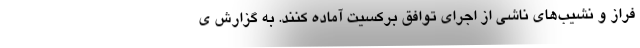
فراز و نشیب‌های ناشی از اجرای توافق برکسیت آماده کنند. به گزارش ی